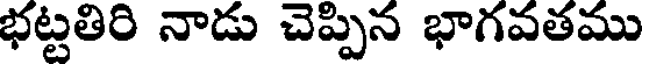
భట్టతిరి నాడు చెప్పిన భాగవతము